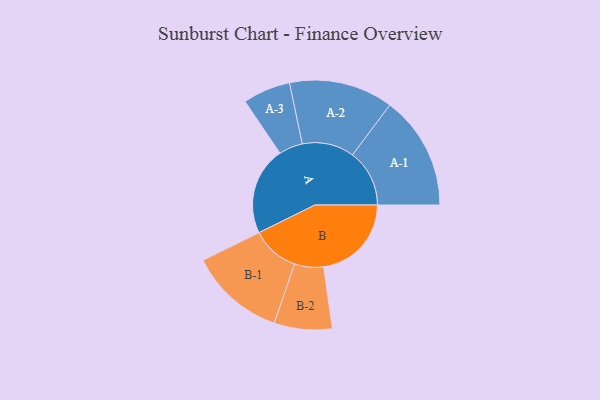
{"axis": {"x": "Segment", "y": "Value"}, "legend": ["", "A", "B"], "data": [{"x": "A", "y": 377, "type": ""}, {"x": "B", "y": 376, "type": ""}, {"x": "A-1", "y": 244, "type": "A"}, {"x": "A-2", "y": 223, "type": "A"}, {"x": "A-3", "y": 102, "type": "A"}, {"x": "B-1", "y": 205, "type": "B"}, {"x": "B-2", "y": 124, "type": "B"}]}